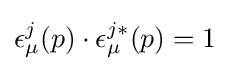
\epsilon _{\mu }^{j}(p)\cdot \epsilon _{\mu }^{j*}(p)=1